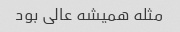
مثله همیشه عالی بود